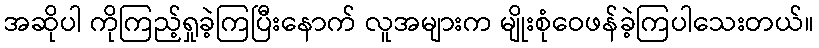
အဆိုပါ ကိုကြည့်ရှုခဲ့ကြပြီးနောက် လူအများက မျိုးစုံဝေဖန်ခဲ့ကြပါသေးတယ်။